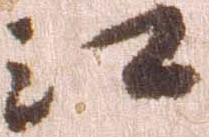
江